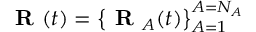
\textbf { R } ( t ) = \left\{ \textbf { R } _ { A } ( t ) \right\} _ { A = 1 } ^ { A = N _ { A } }